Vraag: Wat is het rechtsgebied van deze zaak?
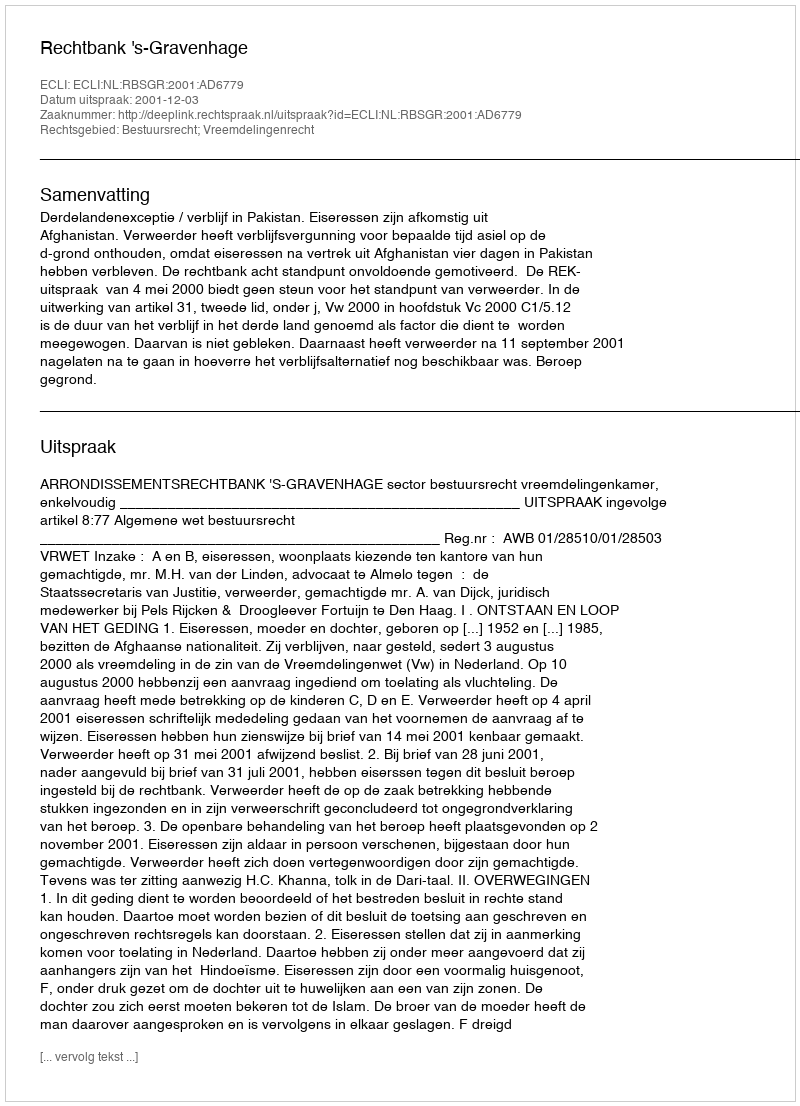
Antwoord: Bestuursrecht; Vreemdelingenrecht